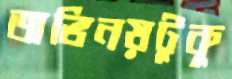
অভিনয়টুকু